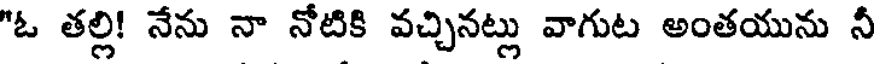
"ఓ తల్లి! నేను నా నోటికి వచ్చినట్లు వాగుట అంతయును నీ